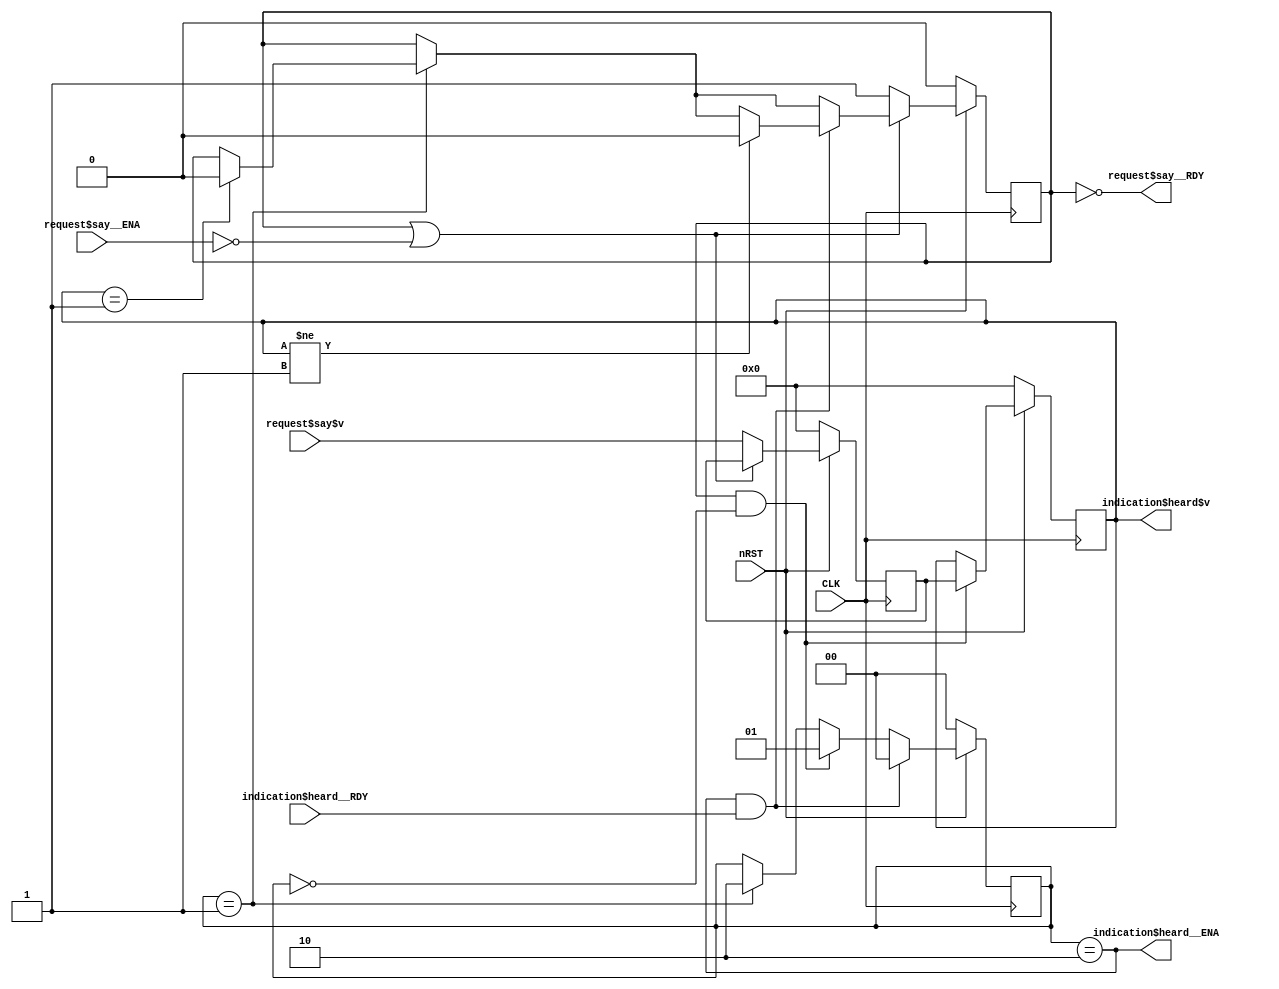
module Example1 (input wire CLK, input wire nRST,
    input wire request$say__ENA,
    input wire [31:0]request$say$v,
    output wire request$say__RDY,
    output wire indication$heard__ENA,
    output wire [31:0]indication$heard$v,
    input wire indication$heard__RDY);
    reg busy;
    reg [1:0]busy_delay;
    reg [31:0]v_delay;
    reg [31:0]v_temp;
    wire RULE$delay_rule__ENA;
    wire RULE$delay_rule__RDY;
    assign indication$heard$v = v_delay;
    assign indication$heard__ENA = busy_delay == 2'd2;
    assign request$say__RDY = !busy;
    assign RULE$delay_rule__ENA = ( busy && ( busy_delay == 2'd0 ) ) != 0;
    assign RULE$delay_rule__RDY = ( busy && ( busy_delay == 2'd0 ) ) != 0;
    always @( posedge CLK) begin
      if (!nRST) begin
        busy <= 0;
        busy_delay <= 0;
        v_delay <= 0;
        v_temp <= 0;
      end 
      else begin
        if (busy_delay == 2'd1) begin 
            busy_delay <= 2;
            if (v_delay == 1)
            busy <= 0;
        end; 
        if (RULE$delay_rule__ENA & RULE$delay_rule__RDY) begin 
            busy_delay <= 1;
            v_delay <= v_temp;
        end; 
        if (( busy_delay == 2'd2 ) & indication$heard__RDY) begin 
            busy_delay <= 0;
            if (v_delay != 1)
            busy <= 0;
        end; 
        if (!( busy | ( !request$say__ENA ) )) begin 
            v_temp <= request$say$v;
            busy <= 1;
        end; 
      end
    end 
endmodule